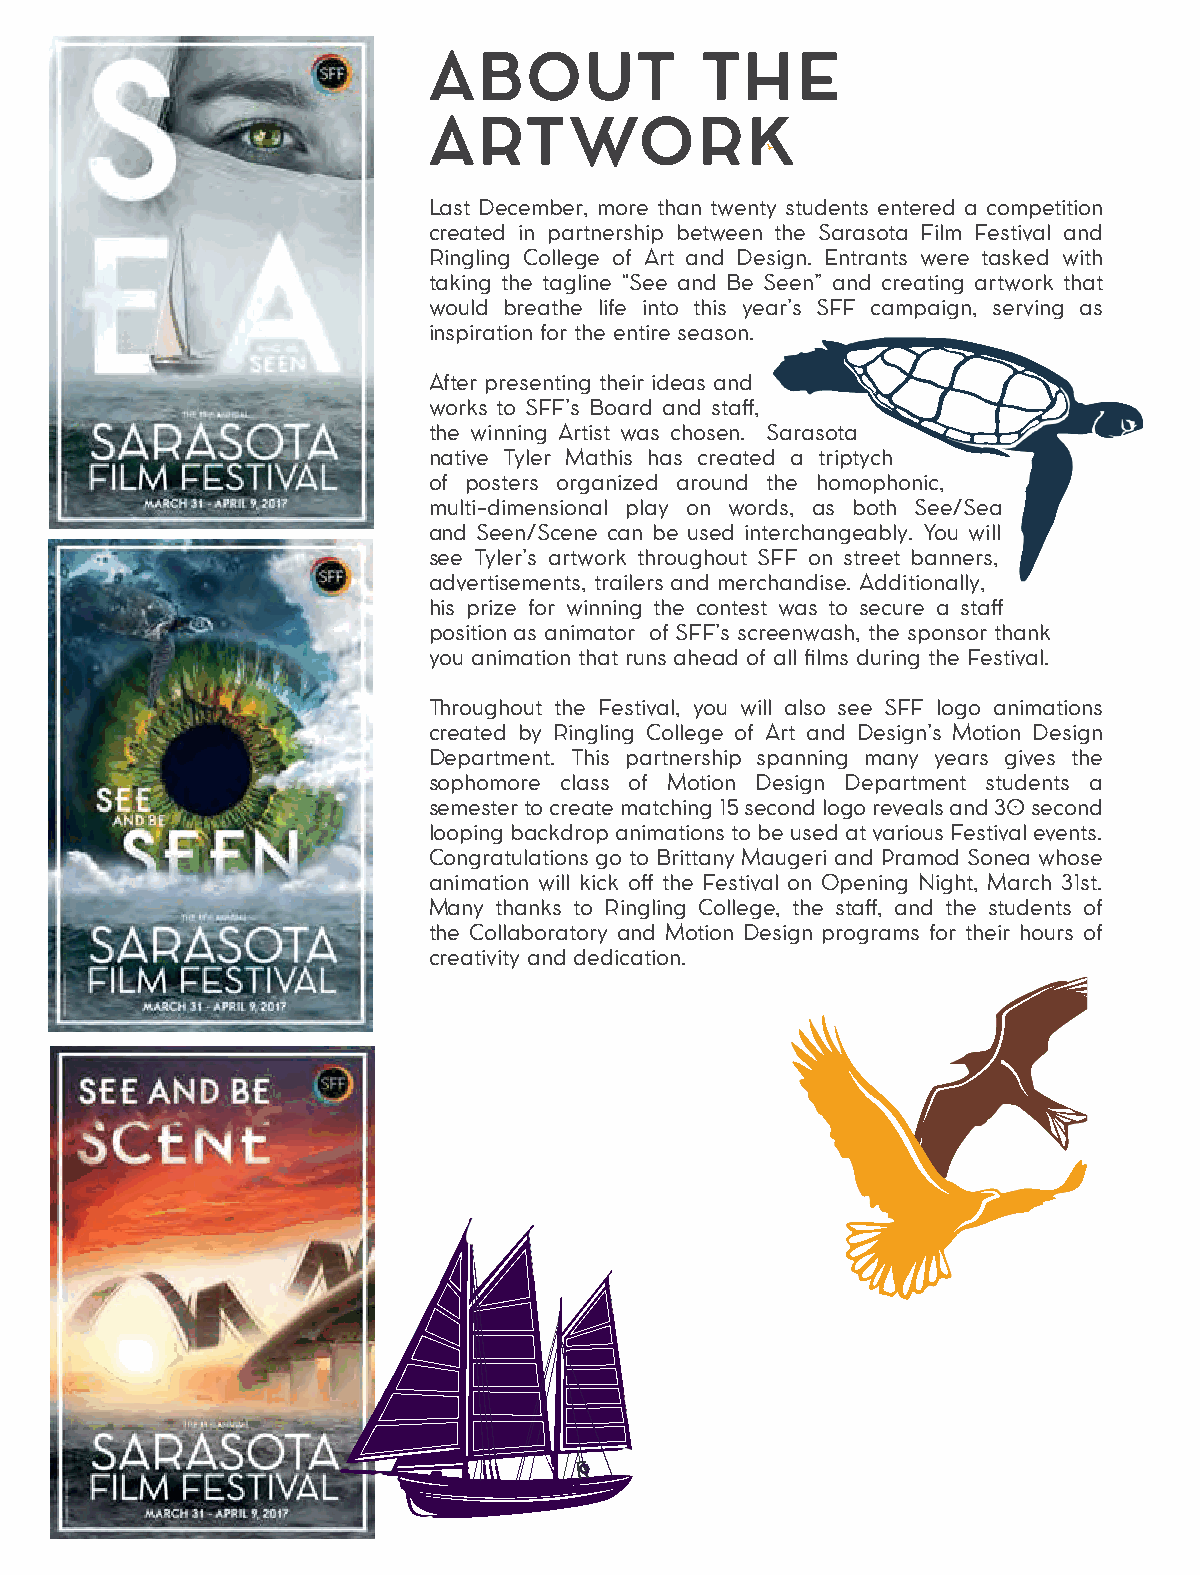
ABOUT             THE
 ARTWORK
 Last December, more than twenty students entered a competition
 created in partnership between the Sarasota Film Festival and
 Ringling College of Art and Design. Entrants were tasked with
 taking the tagline “See and Be Seen” and creating artwork that
 would breathe life into this year’s SFF campaign, serving as
 inspiration for the entire season.
 After presenting their ideas and
 works to SFF’s Board and staff,
 the winning Artist was chosen. Sarasota
 native Tyler Mathis has created a triptych
 of posters organized around the homophonic,
 multi-dimensional play on words, as both See/Sea
 and Seen/Scene can be used interchangeably. You will
 see Tyler’s artwork throughout SFF on street banners,
 advertisements, trailers and merchandise. Additionally,
 his prize for winning the contest was to secure a staff
 position as animator of SFF’s screenwash, the sponsor thank
 you animation that runs ahead of all films during the Festival.
 Throughout the Festival, you will also see SFF logo animations
 created by Ringling College of Art and Design’s Motion Design
 Department. This partnership spanning many years gives the
 sophomore class of Motion Design Department students a
 semester to create matching 15 second logo reveals and 30 second
 looping backdrop animations to be used at various Festival events.
 Congratulations go to Brittany Maugeri and Pramod Sonea whose
 animation will kick off the Festival on Opening Night, March 31st.
 Many thanks to Ringling College, the staff, and the students of
 the Collaboratory and Motion Design programs for their hours of
 creativity and dedication.